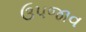
ઉપજાવ